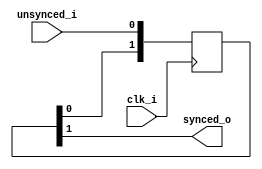
module SyncToClock (clk_i, unsynced_i, synced_o);
   parameter   syncStages = 2;   
   input       clk_i;
   input       unsynced_i;
   output      synced_o;
   reg         [syncStages:1] sync_r;
   always @(posedge clk_i)
      sync_r <= {sync_r[syncStages-1:1], unsynced_i};
   assign synced_o = sync_r[syncStages];
endmodule